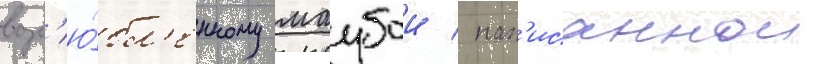
возл'ю́бл'енному маубои / нап'исаннои